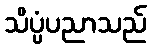
သိပ္ပံပညာသည်